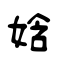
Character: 娢